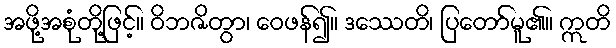
အဖို့အစုံတို့ဖြင့်။ ဝိဘဇိတွာ၊ ဝေဖန်၍။ ဒဿေတိ၊ ပြတော်မူ၏။ ဣတိ